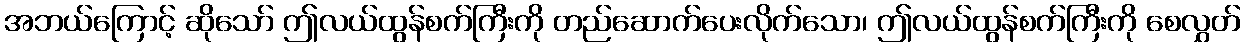
အဘယ်ကြောင့် ဆိုသော် ဤလယ်ထွန်စက်ကြီးကို တည်ဆောက်ပေးလိုက်သော၊ ဤလယ်ထွန်စက်ကြီးကို စေလွှတ်